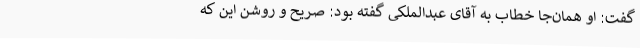
گفت: او همان‌جا خطاب به آقای عبدالملکی گفته بود: صریح و روشن این که